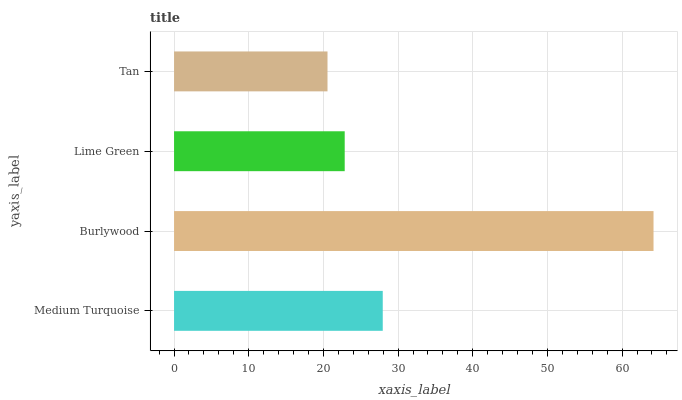
| yaxis_label | bars |
 | --- | --- |
 | Medium Turquoise | 27.9 |
 | Burlywood | 64.2 |
 | Lime Green | 22.9 |
 | Tan | 20.6 |